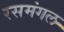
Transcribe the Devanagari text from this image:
रसमंगल